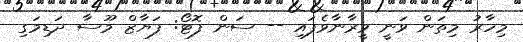
މިހާރު މިތަން ވަނީ ވީރާނާވެފައި -- ސަން ފޮޓޯ: ފަޔާޒް މޫސާ ދަޑިމަގި